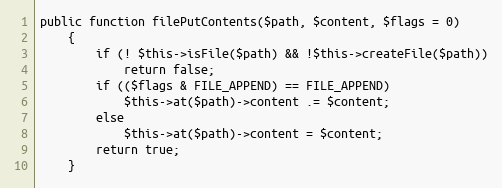
Language: PHP
public function filePutContents($path, $content, $flags = 0)
    {
        if (! $this->isFile($path) && !$this->createFile($path))
            return false;
        if (($flags & FILE_APPEND) == FILE_APPEND)
            $this->at($path)->content .= $content;
        else
            $this->at($path)->content = $content;
        return true;
    }